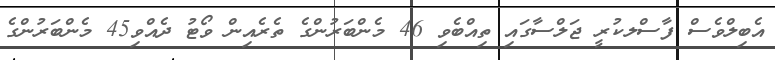
އެބިލްވެސް ފާސްލކުރީ ޖަލްސާގައި ތިއްބެވި 46 މެންބަރުންގެ ތެރެއިން ވޯޓު ދެއްވި45 މެންބަރުންގެ